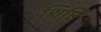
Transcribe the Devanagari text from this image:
श्लिषि